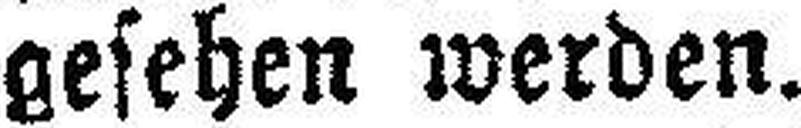
gesehen werden.